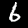
Label: 6